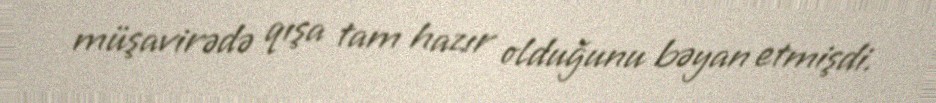
müşavirədə qışa tam hazır olduğunu bəyan etmişdi.